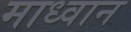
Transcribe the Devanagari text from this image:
माध्वान